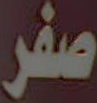
صفر